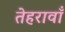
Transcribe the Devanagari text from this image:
तेहरावाँ